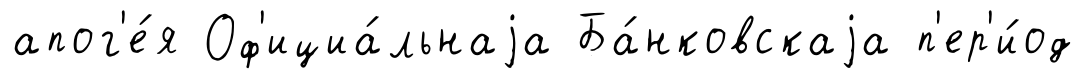
апог'е́я Оф'ициа́льнаjа Ба́нковскаjа п'ер'и́од